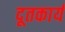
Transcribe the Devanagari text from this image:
दूतकार्य